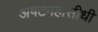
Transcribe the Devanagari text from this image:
अषटमहासीधी